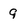
Character: 9